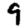
Digit: 9